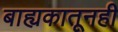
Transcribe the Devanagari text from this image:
बाह्यकातूनही